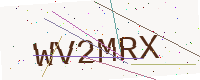
Text: WV2MRX